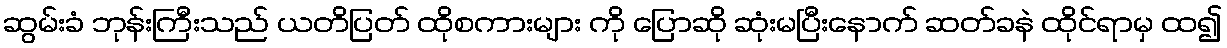
ဆွမ်းခံ ဘုန်းကြီးသည် ယတိပြတ် ထိုစကားများ ကို ပြောဆို ဆုံးမပြီးနောက် ဆတ်ခနဲ ထိုင်ရာမှ ထ၍